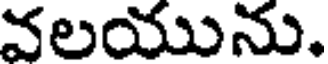
వలయును.